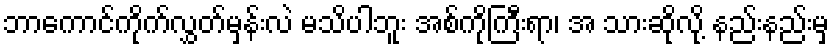
ဘာကောင်ကိုက်လွှတ်မှန်းလဲ မသိပါဘူး အစ်ကိုကြီးရာ၊ အ သားဆိုလို့ နည်းနည်းမှ